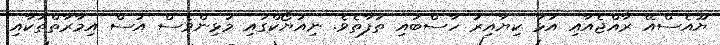
ޔޫއެސްއޭ ރާއްޖެއާއި އަޅާ ކިޔާއިރު ހާސްބައި ތަފާތެވެ. ނިއުޔޯކްގައި މުޅިންވެސް އުސް އިމާރާތްތަކާއި